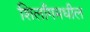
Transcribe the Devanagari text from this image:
शिलाँगमधील